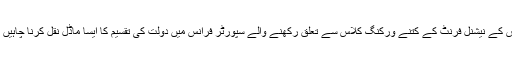
فرانس کے نیشنل فرنٹ کے کتنے ورکنگ کلاس سے تعلق رکھنے والے سپورٹر فرانس میں دولت کی تقسیم کا ایسا ماڈل نقل کرنا چاہیں گے؟